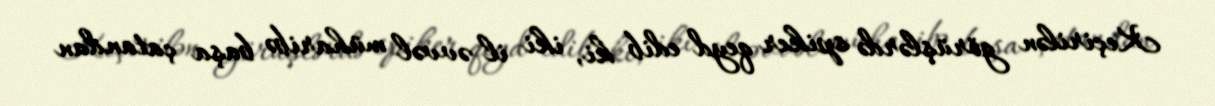
Keçirilən görüşlərdə spiker qeyd edib ki, iki il əvvəl müharibə başa çatandan